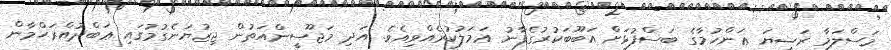
މަސްލަމާ ރަޟިޔަ ޢަންހުމާގެ ބަސްފުޅަށް އަބޫބަކުރުގެފާނު ޢަމަލުކުރެއްވިއެވެ. އަދި މަޖޫސީންއަތުން ޖިޒުޔަނެގުމުގައި ޢަބްދުއްރަޙްމާން